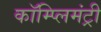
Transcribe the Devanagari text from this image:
कॉम्प्लिमंट्री